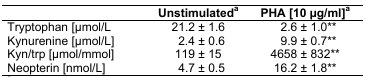
|  | Unstimulateda | PHA [10 μg/ml]a |
 | --- | --- | --- |
 | Tryptophan [μmol/L | 21.2 ± 1.6 | 2.6 ± 1.0** |
 | Kynurenine [μmol/L] | 2.4 ± 0.6 | 9.9 ± 0.7** |
 | Kyn/trp [μmol/mmol] | 119 ± 15 | 4658 ± 832** |
 | Neopterin [nmol/L] | 4.7 ± 0.5 | 16.2 ± 1.8** |